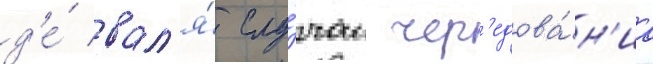
д'е́ вал'я́ слу́чаи чер'едова́н'иа